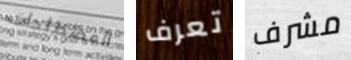
المصطلحات تعرف مشرف